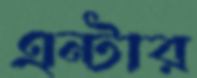
এন্টার